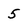
Character: 5